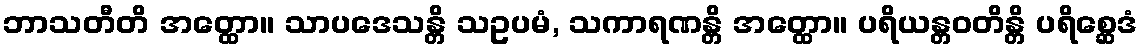
ဘာသတီတိ အတ္ထော။ သာပဒေသန္တိ သဥပမံ, သကာရဏန္တိ အတ္ထော။ ပရိယန္တဝတိန္တိ ပရိစ္ဆေဒံ